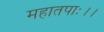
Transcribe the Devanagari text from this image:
महातपाः।।